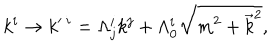
k ^ { i } \rightarrow k ^ { \prime \ i } = \Lambda _ { j } ^ { i } k ^ { j } + \Lambda _ { 0 } ^ { i } \sqrt { m ^ { 2 } + { \vec { k } } ^ { 2 } } ,